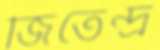
জিতেন্দ্র